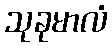
သုခုမာလံ